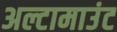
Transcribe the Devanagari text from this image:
अल्टामाउंट